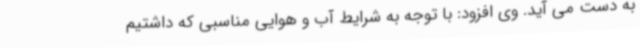
به دست می آید. وی افزود: با توجه به شرایط آب و هوایی مناسبی که داشتیم